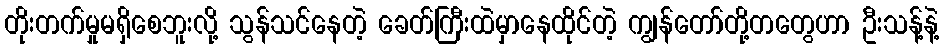
တိုးတက်မှုမရှိစေဘူးလို့ သွန်သင်နေတဲ့ ခေတ်ကြီးထဲမှာနေထိုင်တဲ့ ကျွန်တော်တို့တတွေဟာ ဦးသန့်နဲ့